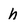
Character: h